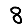
Digit: 8